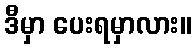
ဒီမှာ ပေးရမှာလား။